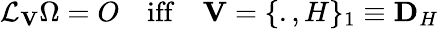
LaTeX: {\cal L}_{{\mathbf V}}\Omega=O\quad\mathrm{iff}\quad{\mathbf V}=\{ .,H\} _{1}\equiv{\mathbf D}_{H}